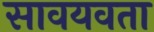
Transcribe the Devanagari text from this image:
सावयवता